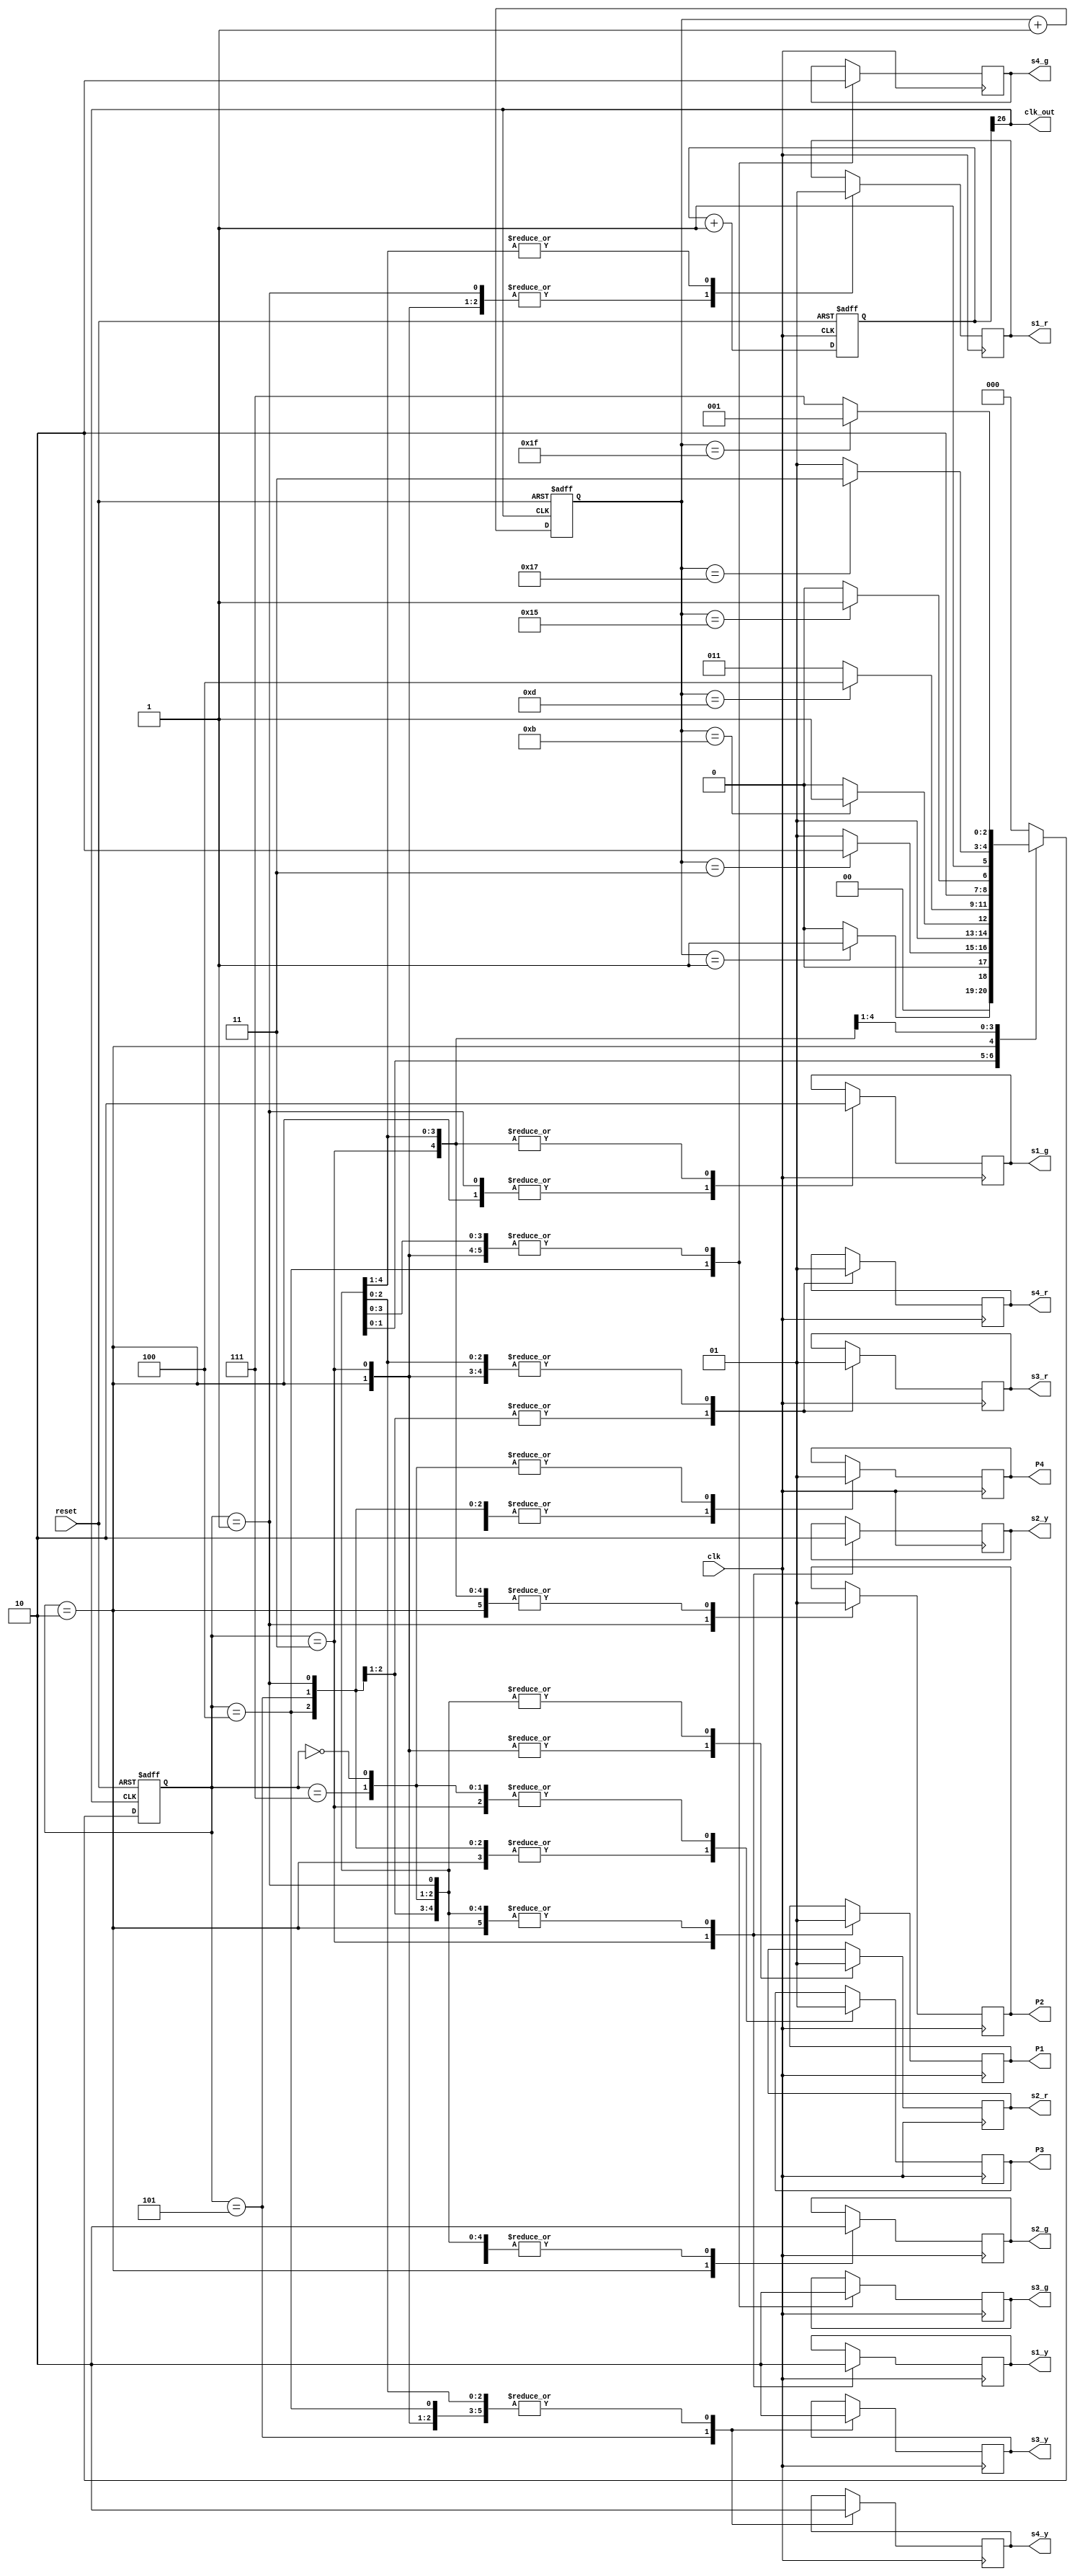
module traffic ( clk, reset, s1_g, s1_r, s1_y,s2_g, s2_r, s2_y,s3_g, s3_r, s3_y,s4_g, s4_r, s4_y, P1, P2,P3, P4,clk_out );
input clk;
input reset;

reg [2:0] state,nextstate;
reg [4:0] count;
reg [26:0] q;
 
  output clk_out;
  
output  reg s1_r;
output  reg s1_g;
output  reg s1_y;
output  reg s2_r;
output  reg s2_g;
output  reg s2_y;
output  reg s3_r;
output  reg s3_g;
output  reg s3_y;
output  reg s4_r;
output  reg s4_g;
output  reg s4_y;
output  reg P1;
output  reg P2;
output  reg P3;
output  reg P4;




parameter s0= 3'b000;

parameter s1= 3'b001;

parameter s2= 3'b010;
 
parameter s3= 3'b011;

parameter s4= 3'b100;

parameter s5= 3'b101;

parameter s6= 3'b111;
  
  assign clk_out =q[26];
  
always @ (posedge clk_out or posedge reset )
        begin 
        if(reset)
        begin 
        count<=0;
        state <= 0;
        end
        else 
        begin
        count<= count+1;
        state <= nextstate;
        end
        end
always @ (*) begin

case(state)
default: begin
         nextstate = s0;
            end 
      s0:
			begin 
				if (count==1)
				nextstate = s1;
				else nextstate = s0;
         end
     
      
      s1: 
			begin
				if (count==3)
				nextstate =s2;
				else nextstate =s1;
			end
      
      
       s2: 
      begin
     if (count==11)
      nextstate =s3;
    else
    nextstate =s2;
    end
      
      
       s3: 
      begin
     if (count==13)
      nextstate =s4;
    else
    nextstate =s3;
    end
    
    
       s4: 
      begin
     if (count==21)
      nextstate =s5;
    else
    nextstate =s4;
    end
    
    
        s5: 
        begin
      if (count==23)
       nextstate = s6;
       else
       nextstate = s5;
        end
    
         s6: 
         begin
         if (count==31)
         nextstate=s1;
         else
         nextstate =s6;
         end
    
endcase
end    
    
always @ (posedge clk)

begin 
  
case(state) 

  s0:begin
  s1_r<=1'b1;s2_r<=1'b1;s3_r<=1'b1;s4_r<=1'b1;
  s1_g<=1'b0;s2_g<=1'b0;s3_g<=1'b0;s4_g<=1'b0;
  s1_y<=1'b0;s2_y<=1'b0;s3_y<=1'b0;s4_y<=1'b0;
  P1<=1'b1; P2<=1'b1; P3<=1'b1; P4<=1'b1;
   end
        
   s1:begin
   s1_r<=1'b0;s2_r<=1'b1;s3_r<=1'b1;s4_r<=1'b1;
   s1_g<=1'b1;s2_g<=1'b0;s3_g<=1'b0;s4_g<=1'b0;
   s1_y<=1'b0;s2_y<=1'b0;s3_y<=1'b0;s4_y<=1'b0;
   P1<=1'b1; P2<=1'b0; P3<=1'b0; P4<=1'b0;
     end
        
    s2:begin
   s1_r<=1'b0;s2_r<=1'b0;s3_r<=1'b1;s4_r<=1'b1;
   s1_g<=1'b1;s2_g<=1'b1;s3_g<=1'b0;s4_g<=1'b0;
   s1_y<=1'b0;s2_y<=1'b0;s3_y<=1'b0;s4_y<=1'b0;
   P1<=1'b1; P2<=1'b1; P3<=1'b0; P4<=1'b0;
    end
        
      s3:begin
   s1_r<=1'b0;s2_r<=1'b0;s3_r<=1'b1;s4_r<=1'b1;
   s1_g<=1'b0;s2_g<=1'b0;s3_g<=1'b0;s4_g<=1'b0;
   s1_y<=1'b1;s2_y<=1'b1;s3_y<=1'b0;s4_y<=1'b0;
   P1<=1'b0; P2<=1'b1; P3<=1'b1; P4<=1'b0;
      end
      
           s4:begin
   s1_r<=1'b1;s2_r<=1'b1;s3_r<=1'b0;s4_r<=1'b0;
   s1_g<=1'b0;s2_g<=1'b0;s3_g<=1'b1;s4_g<=1'b1;
   s1_y<=1'b0;s2_y<=1'b0;s3_y<=1'b0;s4_y<=1'b0;
  
   P1<=1'b1; P2<=1'b1; P3<=1'b0; P4<=1'b0;
      end
      
      
     s5:begin
    s1_r<=1'b1;s2_r<=1'b1;s3_r<=1'b0;s4_r<=1'b0;
    s1_g<=1'b0;s2_g<=1'b0;s3_g<=1'b0;s4_g<=1'b0;
    s1_y<=1'b0;s2_y<=1'b0;s3_y<=1'b1;s4_y<=1'b1;
    P1<=1'b1; P2<=1'b1; P3<=1'b0; P4<=1'b0; 
       end
        
       s6:begin
    s1_r<=1'b1;s2_r<=1'b1;s3_r<=1'b1;s4_r<=1'b1;
    s1_g<=1'b0;s2_g<=1'b0;s3_g<=1'b0;s4_g<=1'b0;
    s1_y<=1'b0;s2_y<=1'b0;s3_y<=1'b0;s4_y<=1'b0;
    P1<=1'b1; P2<=1'b1; P3<=1'b1; P4<=1'b1; 
   end
      
endcase
 
end
    
always @(posedge clk or posedge reset) 
begin
	if (reset)
		q<=0;
	else 
		q<=q+1;
end

endmodule
	 
	 
//module clk_div (clk,rst,clk_out);
//input clk;
//input rst;
//output clk_out;
//
//reg [26:0] q;
//
//assign clk_out =q[26];
//
//always @(posedge clk or posedge rst) begin
//	if (rst)
//		q<=0;
//	else 
//		q<=q+1;
//end
//
//endmodule
//endmodule